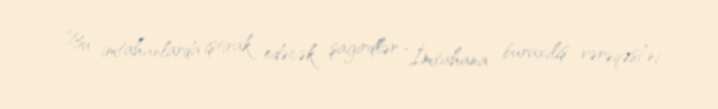
Bu imtahanlarda iştirak edəcək şagirdlər “İmtahana buraxılış vərəqəsi”ni